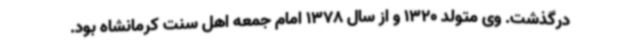
درگذشت. وی متولد 1320 و از سال 1378 امام جمعه اهل سنت کرمانشاه بود.